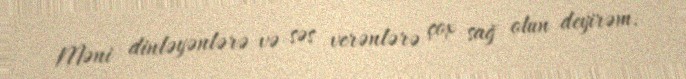
Məni dinləyənlərə və səs verənlərə çox sağ olun deyirəm.